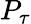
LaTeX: P_{\tau}